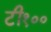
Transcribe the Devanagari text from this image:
टी१००